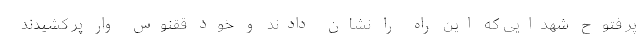
پر فتوح شهدایی که این راه را نشان دادند و خود ققنوس وار پر کشیدند